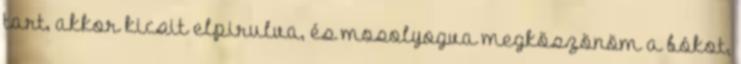
tart, akkor kicsit elpirulva, és mosolyogva megköszönöm a bókot,